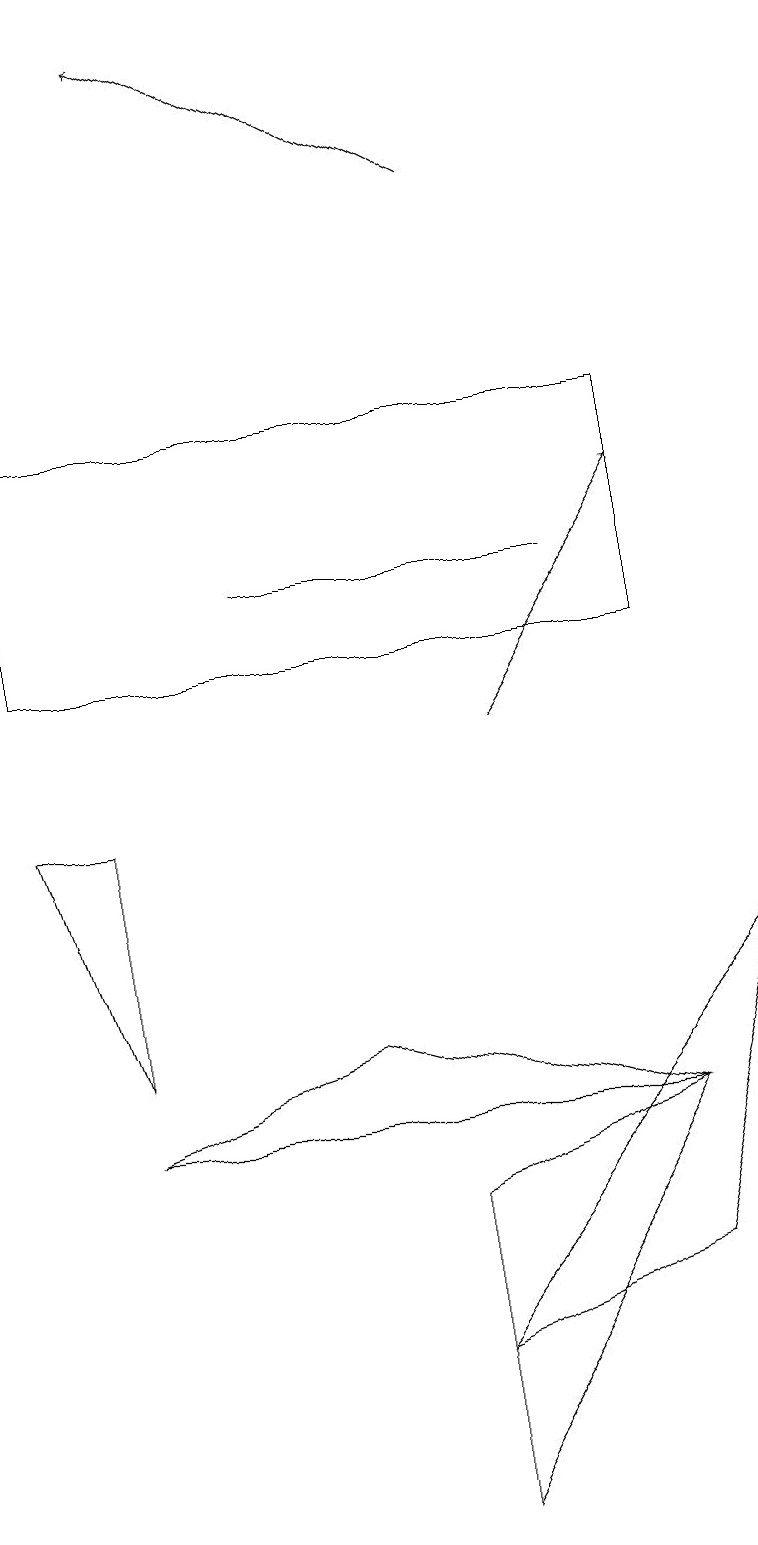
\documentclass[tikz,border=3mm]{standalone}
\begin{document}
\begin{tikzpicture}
\draw (0,11) rectangle (8,14);
\draw[->] (6,10) -- (8,13);
\draw (4,6) -- (1,5) -- (8,5) -- cycle;
\draw (8,5) -- (5,0) -- (5,4) -- cycle;
\draw (8,3) -- (9,7) -- (5,2) -- cycle;
\draw (7,12) rectangle (3,12);
\draw[->] (6,17) -- (2,19);
\draw (1,9) -- (0,9) -- (1,6) -- cycle;
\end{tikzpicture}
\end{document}